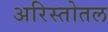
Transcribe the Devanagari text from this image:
अरिस्तोतल